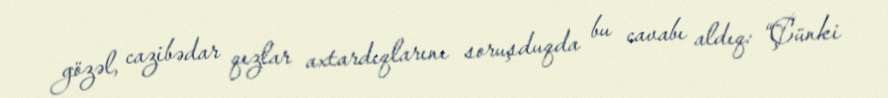
gözəl, cazibədar qızlar axtardıqlarını soruşduqda bu cavabı aldıq: “Çünki